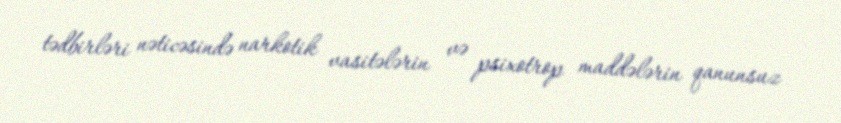
tədbirləri nəticəsində narkotik vasitələrin və psixotrop maddələrin qanunsuz